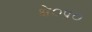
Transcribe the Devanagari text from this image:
क्षे०प्र०